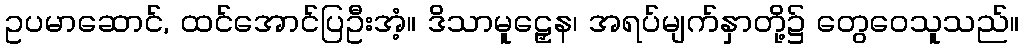
ဥပမာဆောင်, ထင်အောင်ပြဦးအံ့။ ဒိသာမူဠှေန၊ အရပ်မျက်နှာတို့၌ တွေဝေသူသည်။